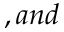
, a n d